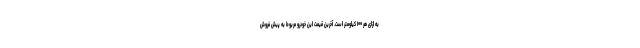
به ازای هر ۱۰۰ کیلومتر است. آخرین قیمت این خودرو مربوط به پیش فروش